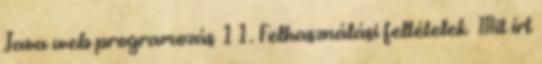
Java web programozás 11. Felhasználási feltételek Mit írt